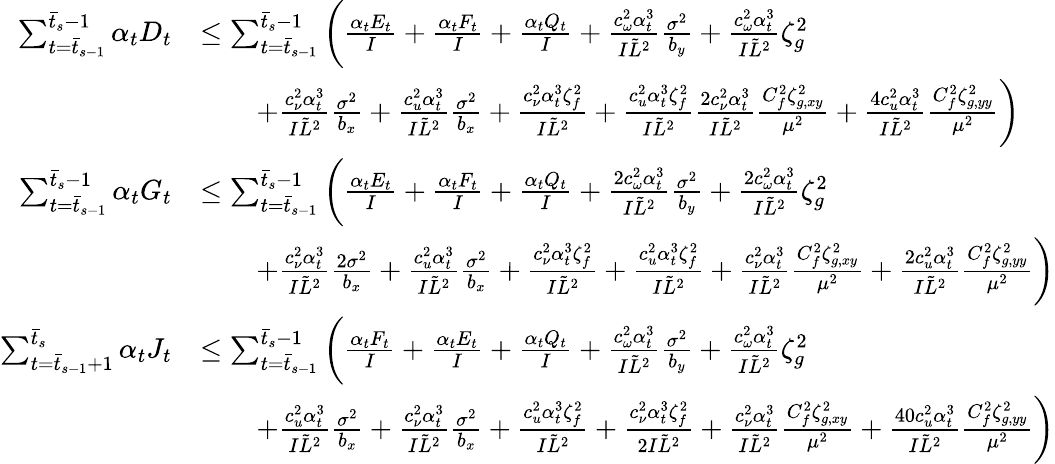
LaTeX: \begin{array}{rl}{\sum_{t=\bar{t}_{s-1}}^{\bar{t}_{s}-1}\alpha_{t}D_{t}}&{\leq\sum_{t=\bar{t}_{s-1}}^{\bar{t}_{s}-1}\bigg(\frac{\alpha_{t}E_{t}}{I}+\frac{\alpha_{t}F_{t}}{I}+\frac{\alpha_{t}Q_{t}}{I}+\frac{c_{\omega}^{2}\alpha_{t}^{3}}{I\tilde{L}^{2}}\frac{\sigma^{2}}{b_{y}}+\frac{c_{\omega}^{2}\alpha_{t}^{3}}{I\tilde{L}^{2}}\zeta_{g}^{2}}\\ &{\qquad+\frac{c_{\nu}^{2}\alpha_{t}^{3}}{I\tilde{L}^{2}}\frac{\sigma^{2}}{b_{x}}+\frac{c_{u}^{2}\alpha_{t}^{3}}{I\tilde{L}^{2}}\frac{\sigma^{2}}{b_{x}}+\frac{c_{\nu}^{2}\alpha_{t}^{3}\zeta_{f}^{2}}{I\tilde{L}^{2}}+\frac{c_{u}^{2}\alpha_{t}^{3}\zeta_{f}^{2}}{I\tilde{L}^{2}}\frac{2c_{\nu}^{2}\alpha_{t}^{3}}{I\tilde{L}^{2}}\frac{C_{f}^{2}\zeta_{g,xy}^{2}}{\mu^{2}}+\frac{4c_{u}^{2}\alpha_{t}^{3}}{I\tilde{L}^{2}}\frac{C_{f}^{2}\zeta_{g,yy}^{2}}{\mu^{2}}\bigg)}\\ {\sum_{t=\bar{t}_{s-1}}^{\bar{t}_{s}-1}\alpha_{t}G_{t}}&{\leq\sum_{t=\bar{t}_{s-1}}^{\bar{t}_{s}-1}\bigg(\frac{\alpha_{t}E_{t}}{I}+\frac{\alpha_{t}F_{t}}{I}+\frac{\alpha_{t}Q_{t}}{I}+\frac{2c_{\omega}^{2}\alpha_{t}^{3}}{I\tilde{L}^{2}}\frac{\sigma^{2}}{b_{y}}+\frac{2c_{\omega}^{2}\alpha_{t}^{3}}{I\tilde{L}^{2}}\zeta_{g}^{2}}\\ &{\qquad+\frac{c_{\nu}^{2}\alpha_{t}^{3}}{I\tilde{L}^{2}}\frac{2\sigma^{2}}{b_{x}}+\frac{c_{u}^{2}\alpha_{t}^{3}}{I\tilde{L}^{2}}\frac{\sigma^{2}}{b_{x}}+\frac{c_{\nu}^{2}\alpha_{t}^{3}\zeta_{f}^{2}}{I\tilde{L}^{2}}+\frac{c_{u}^{2}\alpha_{t}^{3}\zeta_{f}^{2}}{I\tilde{L}^{2}}+\frac{c_{\nu}^{2}\alpha_{t}^{3}}{I\tilde{L}^{2}}\frac{C_{f}^{2}\zeta_{g,xy}^{2}}{\mu^{2}}+\frac{2c_{u}^{2}\alpha_{t}^{3}}{I\tilde{L}^{2}}\frac{C_{f}^{2}\zeta_{g,yy}^{2}}{\mu^{2}}\bigg)}\\ {\sum_{t=\bar{t}_{s-1}+1}^{\bar{t}_{s}}\alpha_{t}J_{t}}&{\leq\sum_{t=\bar{t}_{s-1}}^{\bar{t}_{s}-1}\bigg(\frac{\alpha_{t}F_{t}}{I}+\frac{\alpha_{t}E_{t}}{I}+\frac{\alpha_{t}Q_{t}}{I}+\frac{c_{\omega}^{2}\alpha_{t}^{3}}{I\tilde{L}^{2}}\frac{\sigma^{2}}{b_{y}}+\frac{c_{\omega}^{2}\alpha_{t}^{3}}{I\tilde{L}^{2}}\zeta_{g}^{2}}\\ &{\qquad+\frac{c_{u}^{2}\alpha_{t}^{3}}{I\tilde{L}^{2}}\frac{\sigma^{2}}{b_{x}}+\frac{c_{\nu}^{2}\alpha_{t}^{3}}{I\tilde{L}^{2}}\frac{\sigma^{2}}{b_{x}}+\frac{c_{u}^{2}\alpha_{t}^{3}\zeta_{f}^{2}}{I\tilde{L}^{2}}+\frac{c_{\nu}^{2}\alpha_{t}^{3}\zeta_{f}^{2}}{2I\tilde{L}^{2}}+\frac{c_{\nu}^{2}\alpha_{t}^{3}}{I\tilde{L}^{2}}\frac{C_{f}^{2}\zeta_{g,xy}^{2}}{\mu^{2}}+\frac{40c_{u}^{2}\alpha_{t}^{3}}{I\tilde{L}^{2}}\frac{C_{f}^{2}\zeta_{g,yy}^{2}}{\mu^{2}}\bigg)}\end{array}